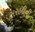
સરહદીની